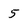
Character: 5